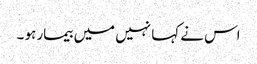
اس نے کہا نہیں میں بیمار ہو ۔